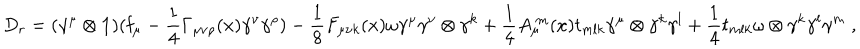
LaTeX: D _ { r } = ( \gamma ^ { \mu } \otimes \mathbf { 1 } ) ( \mathbf { f } _ { \mu } - \frac { 1 } { 4 } \Gamma _ { \mu \nu \rho } ( x ) \gamma ^ { \nu } \gamma ^ { \rho } ) - \frac { 1 } { 8 } F _ { \mu \nu k } ( x ) \omega \gamma ^ { \mu } \gamma ^ { \nu } \otimes \gamma ^ { k } + \frac { 1 } { 4 } A _ { \mu } ^ { \; m } ( x ) t _ { m l k } \gamma ^ { \mu } \otimes \gamma ^ { k } \gamma ^ { l } + \frac { 1 } { 4 } t _ { m l k } \omega \otimes \gamma ^ { k } \gamma ^ { l } \gamma ^ { m } \; ,